Vital statistics of India. Vol. V, Reports of 1876 on armies & jails and on epidemic cholera
Year: 1876
Disease focus: Cholera
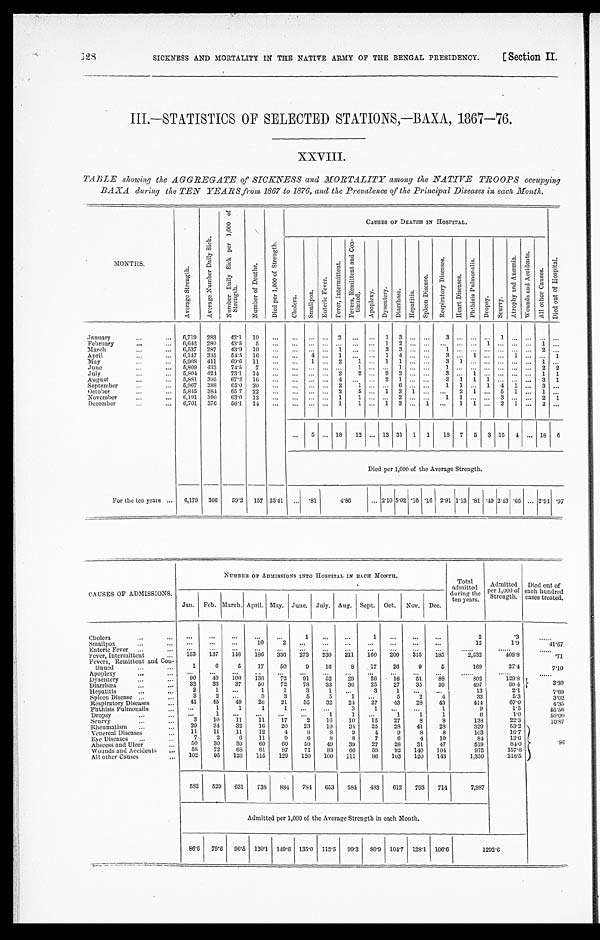
[Section II.
SICKNESS AND MORTALITY IN THE NATIVE ARMY OF THE BENGAL PRESIDENCY.
III.—STATISTICS OF SELECTED STATIONS,—BAXA, 1867—76.
XXVIII.
TABLE showing the AGGREGATE of SICKNESS and MORTALITY among the NATIVE TROOPS occupying
BAXA during the TEN YEARS from 1867 to 1876, and the Prevalence of the Principal Diseases in each Month.
MO N T H S .
A v e r a g e S t r e n g t h .
A v e r a g e N u m b e r D a i l y S i c k .
N u m b e r D a i l y S i c k p e r 1 , 0 0 0 o f S t r e n g t h .
N u m b e r o f D e a t h s .
D i e d p e r 1 , 0 0 0 o f S t r e n g t h .
C A U S E S O F D E A T H S I N H O S P I T A L .
D i e d o u t o f H o s p i t a l .
C h o l e r a .
S m a l l p o x .
E n t e r i c F e v e r .
F e v e r , I n t e r m i t t e n t .
F e v e r s , R e m i t t e n t a n d C o n - t i n u e d .
A p o p l e x y .
D y s e n t e r y .
D i a r r h œ a .
H e p a t i t i s .
S p l e e n D i s c a s e .
R e s p i r a t o r y D i s c a s e s .
H e a r t D i s c a s e s .
P h t h i s i s P u l m o n a l i s .
D r o p s y . S c u r v y .
A t r o p h y a n d A n æ m i a .
W o u n d s a n d A c c i d e n t s .
A l l o t h e r C a u s e s .
January . . .
6,719
283
42.1
10
. . .
. . .
. . .
. . .
2
. . .
. . .
1
3
. . .
. . .
3
. . .
. . .
. . .
1
. . . . . .
. . .
. . .
February . . .
6,642
289
43.5
5
. . .
. . .
. . .
. . .
. . .
. . .
. . .
1
2
. . .
. . .
. . .
. . .
. . .
1
. . .
. . . . . .
1
. . .
March . . .
6,537
287
43.9
10 . . .
. . . . . .
. . . 1
. . .
. . .
3
3
. . .
. . .
1
. . .
. . .
. . .
. . .
. . . . . .
2
. . .
April . . .
6,147
335
54. 5
16 . . .
. . . 4
. . .
1
. . .
. . .
1
4
. . .
. . .
3
. . . 1
. . .
. . . 1 . . .
. . . 1
May . . .
5,908
411
69.6
11
. . .
. . .
1
. . . 2
1
. . .
1
1
. . .
. . .
3
1
. . .
. . .
. . .
. . . . . .
1
. . .
June . . .
5,809
433
74.5
7
. . .
. . .
. . .
. . .
. . .
1
. . .
. . .
1
. . .
. . .
1
. . .
. . .
. . .
. . .
. . . . . .
2
2
July . . .
5,804
424
73.1
14
. . .
. . .
. . .
. . .
2
2
. . .
2
2
. . .
. . .
3
. . . 1
. . .
. . .
. . . . . .
1
1
August . . .
5,881
395
67.2
16 . . .
. . . . . .
. . . 4
. . .
. . .
2
1
. . .
. . .
2
1
1
1
. . .
. . .. . .
3
1
September . . .
5,967
388
65.0
20
. . .
. . .
. . .
. . . 2
1
. . .
. . .
6
. . .
. . .
1
1
. . . 1
4 1 . . .
3
. . .
O c t o b e r . . . 5,845
384
65.7
22
. . .
. . .
. . .
. . . 2
5
. . .
1
3
1
. . .
. . .
2
1
. . . 5
1 . . .
1
. . .
November . . .
6,191
390
63.0
12
. . .
. . .
. . .
. . .
1
1
. . .
. . . 2
. . .
. . .
1
1
. . .
. . . 3
. . . . . .
2
1
December . . .
6,701
376
56.1
14
. . .
. . .
. . .
. . . 1
1
. . .
1
3
. . .
1
. . .
1
1
. . . 2
1 . . .
2
. . .
. . .
5
. . . 18
12
. . . 13 31
1
1
18
7
5
3 15
4 . . . 18
6
Died per 1,000 of the Average Strength.
For the ten years . . .
6,179
366
59.2
157 25.41
. . . .81
4.86
. . . 2.10 5.02 .16 .16 2.91 1.13 .81 .49 2.43 .65
. . . 2.91 .97
CAUSES OF ADMISSIONS.
NUMBER OF ADMISSIONS INTO HOSPITAL IN EACH MONTH.
Total admitted
during the
ten years.
Admi t t ed per
1,000 of Strength. Died out of each hundred cases treated.
Jan. Feb. March. April. May. June.
July. Aug.
Sept.
Oct.
Nov. Dec.
Cholera . . .
. . .
. . .
. . .
. . .
. . .
1
. . .
. . .
1
. . .
. . .
. . .
2
.3
. . .
Smallpox . . .
. . .
. . .
. . .
10
2
. . .
. . .
. . .
. . .
. . .
. . .
. . .
12
1.9
41.67
Enteric Fever . . .
. . .
. . .
. . .
. . .
. . .
. . .
. . .
. . .
. . .
. . .
. . .
. . .
. . .
. . .
. . .
Fever, Intermittent . . .
153
137
146
186
336
273
230
211
160
200
315
185
2,532
409.8
.71
Fevers, Remittent and Con
-
tinued . . .
1
6
5
17
50
9
16
8
17
26
9
5
169
27.4
7.10
Apoplexy . . .
. . .
. . .
. . .
. . .
. . .
. . .
. . .
. . .
. . .
. . .
. . .
. . .
. . .
. . .
. . .
Dysentery . . .
90
49
100
138
72
91
52
29
26
16
51
88
802
129.8
3 . 3 9
Diarrhœa . . .
32
33
37
50
72
78
33
36
25
27
35
39
497
8 0 4
Hepatitis . . .
2
1
. . .
1
1
3
1
. . .
3
1
. . .
. . .
13
2.1
7.69
Spleen Disease . . .
3
2
. . .
3
3
5
5
1
. . .
5
2
4
33
5.3
3.03
Respiratory Diseases . . .
41
45
49
26
21
35
32
24
27
43
28
43
414
67.0
4 . 3 5
Phthisis Pulmonalis . . .
. . .
1
1
1
1
. . .
. . .
3
1
. . .
. . .
1
9
1.5
55. 56
Dropsy . . .
. . .
1
. . .
. . .
. . .
. . .
1
1
. . .
1
1
1
6
1.0
5 0 . 0 0
Scurvy . . .
3
10
11
11
17
2
16
10
15
27
8
8
138
22.3
10.87
Rheumatism . . .
29
34
32
16
20
23
19
34
25
28
41
28
329
53.2
. 8 6
Venereal Diseases . . .
11
11
11
12
4
8
8
9
4
9
8
8
103
16.7
Eye Diseases . . .
7
2
6
11
9
6
8
8
7
6
4
10
84
13.6
Abscess and Ulcer . . .
50
30
39
60
60
59
49
39
27
28
31
47
519
84.0
Wounds and Accidents . . .
58
72
68
81
87
71
83
60
59
92
140
104
975
157.8
All other Causes . . .
102
95
126
115
129
120
100
111
86
103
120
143
1,350
218.5
582
529
631
738
884
784
653
584
483
612
793
714
7,987
Admitted per 1,000 of the Average Strength in each Month.
86.6
79.6
96.5
120.1
149.6 135.0
112.5
99.3
80.9
104.7 128.1
106.6
1292.6